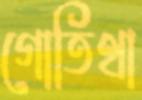
গোতিথা